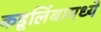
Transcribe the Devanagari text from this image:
कडूलिंबामध्ये